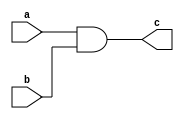
module AND_GATE_LEVEL(c,a,b);
input a,b;
output c;
wire d;
nand(d,a,b);
nand(c,d,d);
endmodule